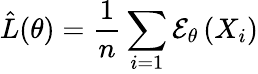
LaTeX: \hat{L}(\theta)=\frac{1}{n}\sum_{i=1}\mathcal{E}_{\theta}\left(X_{i}\right)